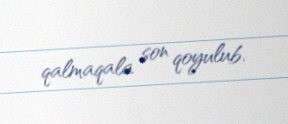
qalmaqala son qoyulub.